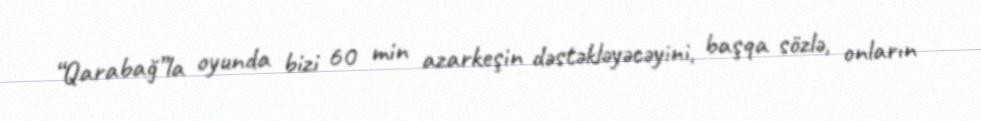
“Qarabağ”la oyunda bizi 60 min azarkeşin dəstəkləyəcəyini, başqa sözlə, onların